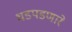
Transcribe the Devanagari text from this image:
धडपडणारे